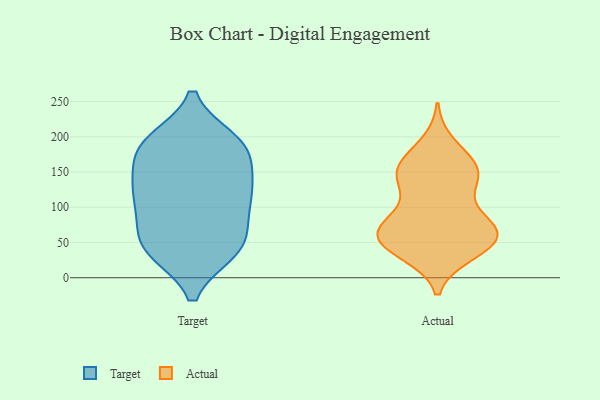
{"axis": {"x": "Temperature (°C)", "y": "Value"}, "legend": ["Actual", "Target"], "data": [{"x": "", "y": 178, "type": "Target"}, {"x": "", "y": 101, "type": "Target"}, {"x": "", "y": 67, "type": "Target"}, {"x": "", "y": 59, "type": "Target"}, {"x": "", "y": 170, "type": "Target"}, {"x": "", "y": 119, "type": "Target"}, {"x": "", "y": 37, "type": "Target"}, {"x": "", "y": 134, "type": "Target"}, {"x": "", "y": 37, "type": "Target"}, {"x": "", "y": 123, "type": "Target"}, {"x": "", "y": 195, "type": "Target"}, {"x": "", "y": 37, "type": "Target"}, {"x": "", "y": 194, "type": "Target"}, {"x": "", "y": 39, "type": "Target"}, {"x": "", "y": 86, "type": "Target"}, {"x": "", "y": 188, "type": "Target"}, {"x": "", "y": 142, "type": "Target"}, {"x": "", "y": 119, "type": "Target"}, {"x": "", "y": 191, "type": "Target"}, {"x": "", "y": 189, "type": "Actual"}, {"x": "", "y": 145, "type": "Actual"}, {"x": "", "y": 148, "type": "Actual"}, {"x": "", "y": 144, "type": "Actual"}, {"x": "", "y": 62, "type": "Actual"}, {"x": "", "y": 164, "type": "Actual"}, {"x": "", "y": 143, "type": "Actual"}, {"x": "", "y": 40, "type": "Actual"}, {"x": "", "y": 35, "type": "Actual"}, {"x": "", "y": 59, "type": "Actual"}, {"x": "", "y": 113, "type": "Actual"}, {"x": "", "y": 67, "type": "Actual"}, {"x": "", "y": 78, "type": "Actual"}, {"x": "", "y": 67, "type": "Actual"}, {"x": "", "y": 66, "type": "Actual"}, {"x": "", "y": 80, "type": "Actual"}, {"x": "", "y": 49, "type": "Actual"}, {"x": "", "y": 42, "type": "Actual"}, {"x": "", "y": 160, "type": "Actual"}]}